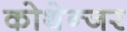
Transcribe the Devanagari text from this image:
कोथेन्जर